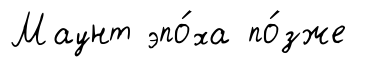
Маунт эпо́ха по́зже